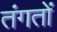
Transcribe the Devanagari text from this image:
तंगतों